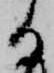
る